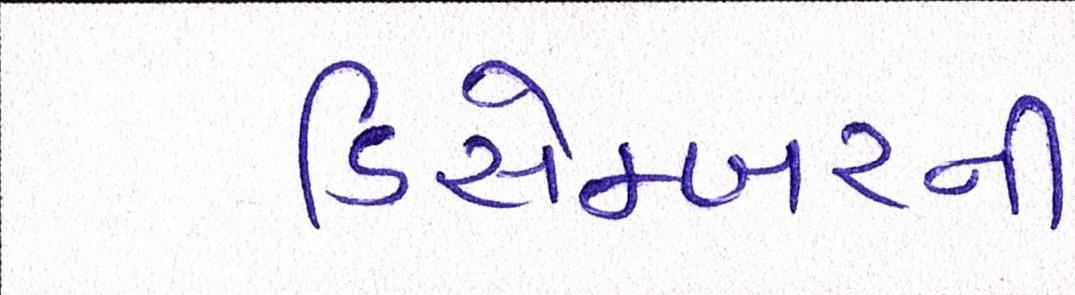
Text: ડિસેમ્બરની